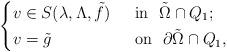
LaTeX: \begin{align*}\left\{\begin{aligned}&v\in S(\lambda,\Lambda,\tilde{f})&& ~~\mbox{in}~~\tilde{\Omega}\cap Q_1;\\&v=\tilde{g}&& ~~\mbox{on}~~\partial \tilde{\Omega}\cap Q_1,\end{aligned}\right.\end{align*}